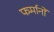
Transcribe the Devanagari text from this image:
फर्मानों